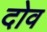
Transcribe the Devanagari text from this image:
दोव